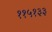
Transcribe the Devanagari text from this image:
११५१३३